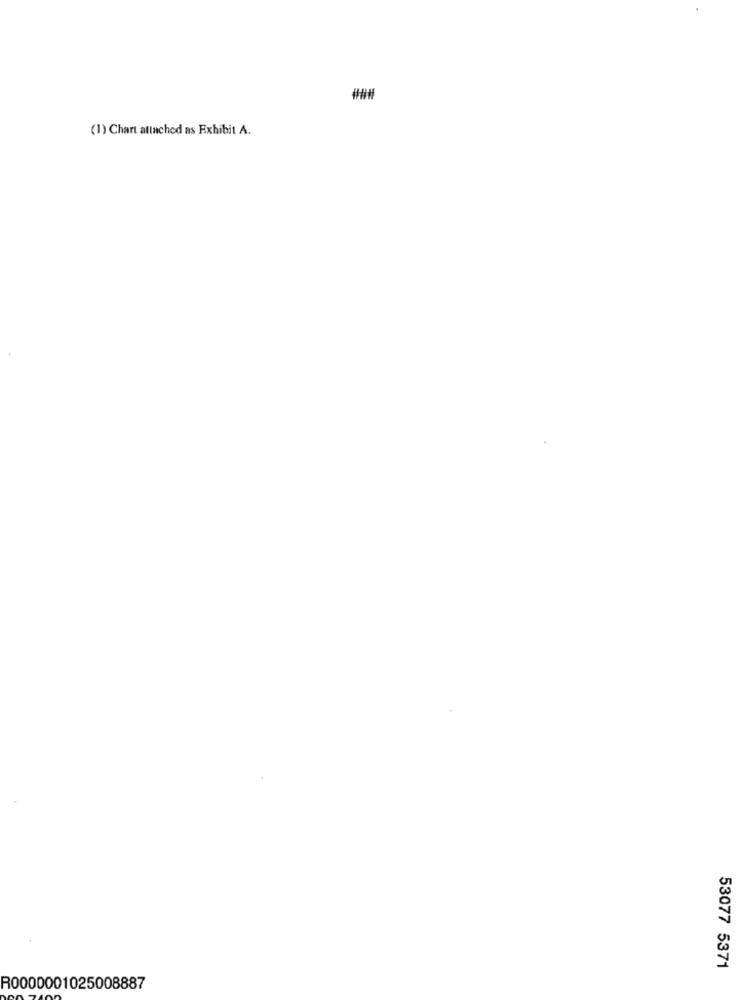
###
(1) Chart attached as Exhibit A.
53077 5371
R0000001025008887